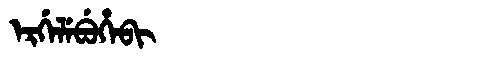
Manchu: ᡝᡵᡤᡝᠯᡝᠪᡠᡥᡝᠪᡳ
Romanization: ERGELEBUHEBI